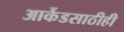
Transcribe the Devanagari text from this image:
आर्केडसाठीही